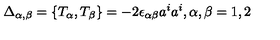
\Delta _ { \alpha , \beta } = \{ T _ { \alpha } , T _ { \beta } \} = - 2 \epsilon _ { \alpha \beta } a ^ { i } a ^ { i } , \alpha , \beta = 1 , 2